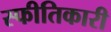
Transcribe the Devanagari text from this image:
स्फीतिकारी